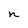
Character: n